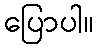
ပြောပါ။